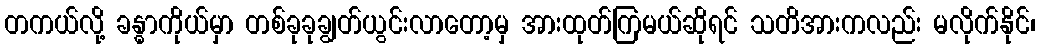
တကယ်လို့ ခန္ဓာကိုယ်မှာ တစ်ခုခုချွတ်ယွင်းလာတော့မှ အားထုတ်ကြမယ်ဆိုရင် သတိအားကလည်း မလိုက်နိုင်၊